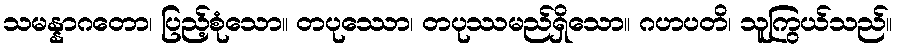
သမန္နာဂတော၊ ပြည့်စုံသော။ တပုဿော၊ တပုဿမည်ရှိသော။ ဂဟပတိ၊ သူကြွယ်သည်။